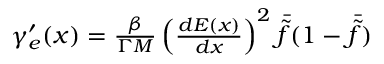
\begin{array} { r } { \gamma _ { e } ^ { \prime } ( x ) = \frac { \beta } { \Gamma M } \left( \frac { d E ( x ) } { d x } \right) ^ { 2 } \bar { \tilde { f } } ( 1 - \bar { \tilde { f } } ) } \end{array}